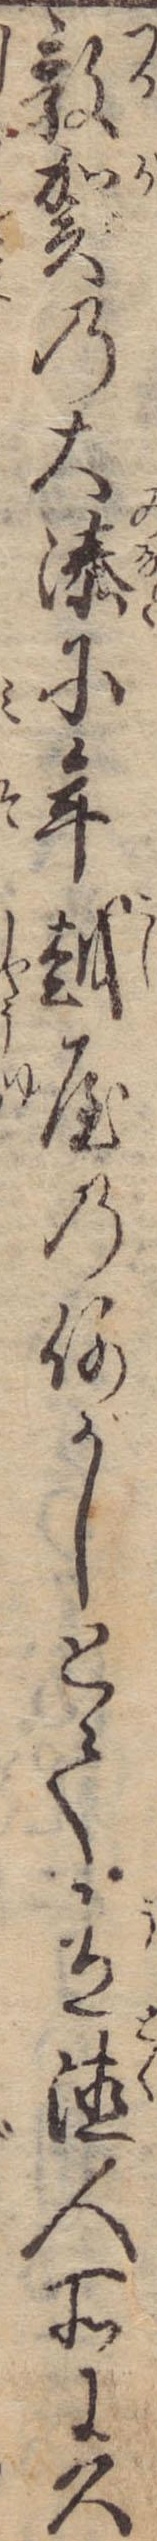
敦賀の大湊に年越屋の何がしとて有徳人所に久